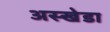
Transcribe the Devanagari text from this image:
अस्खेडा